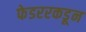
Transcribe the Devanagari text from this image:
फेडररकडून